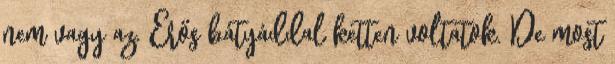
nem vagy az. Erős bátyáddal ketten voltatok. De most